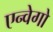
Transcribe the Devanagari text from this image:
एन्वेगो